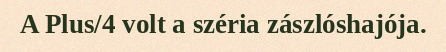
A Plus/4 volt a széria zászlóshajója.